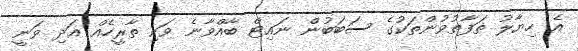
އެ ހިޔާލު ތަފާތުވުންތަކުގެ ސަބަބުން ނައިޓް ބާއްވާނެ ވަކި ތާރީހެއް އަދި ވަނީ